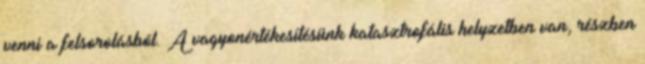
venni a felsorolásból. A vagyonértékesítésünk katasztrofális helyzetben van, részben